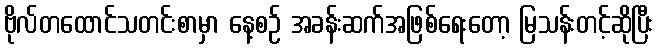
ဗိုလ်တထောင်သတင်းစာမှာ နေ့စဉ် အခန်းဆက်အဖြစ်ရေးတော့ မြသန်းတင့်ဆိုပြီး